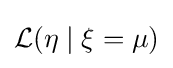
{\mathcal {L}}(\eta \mid \xi =\mu )